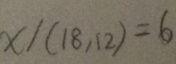
x / ( 1 8 , 1 2 ) = 6